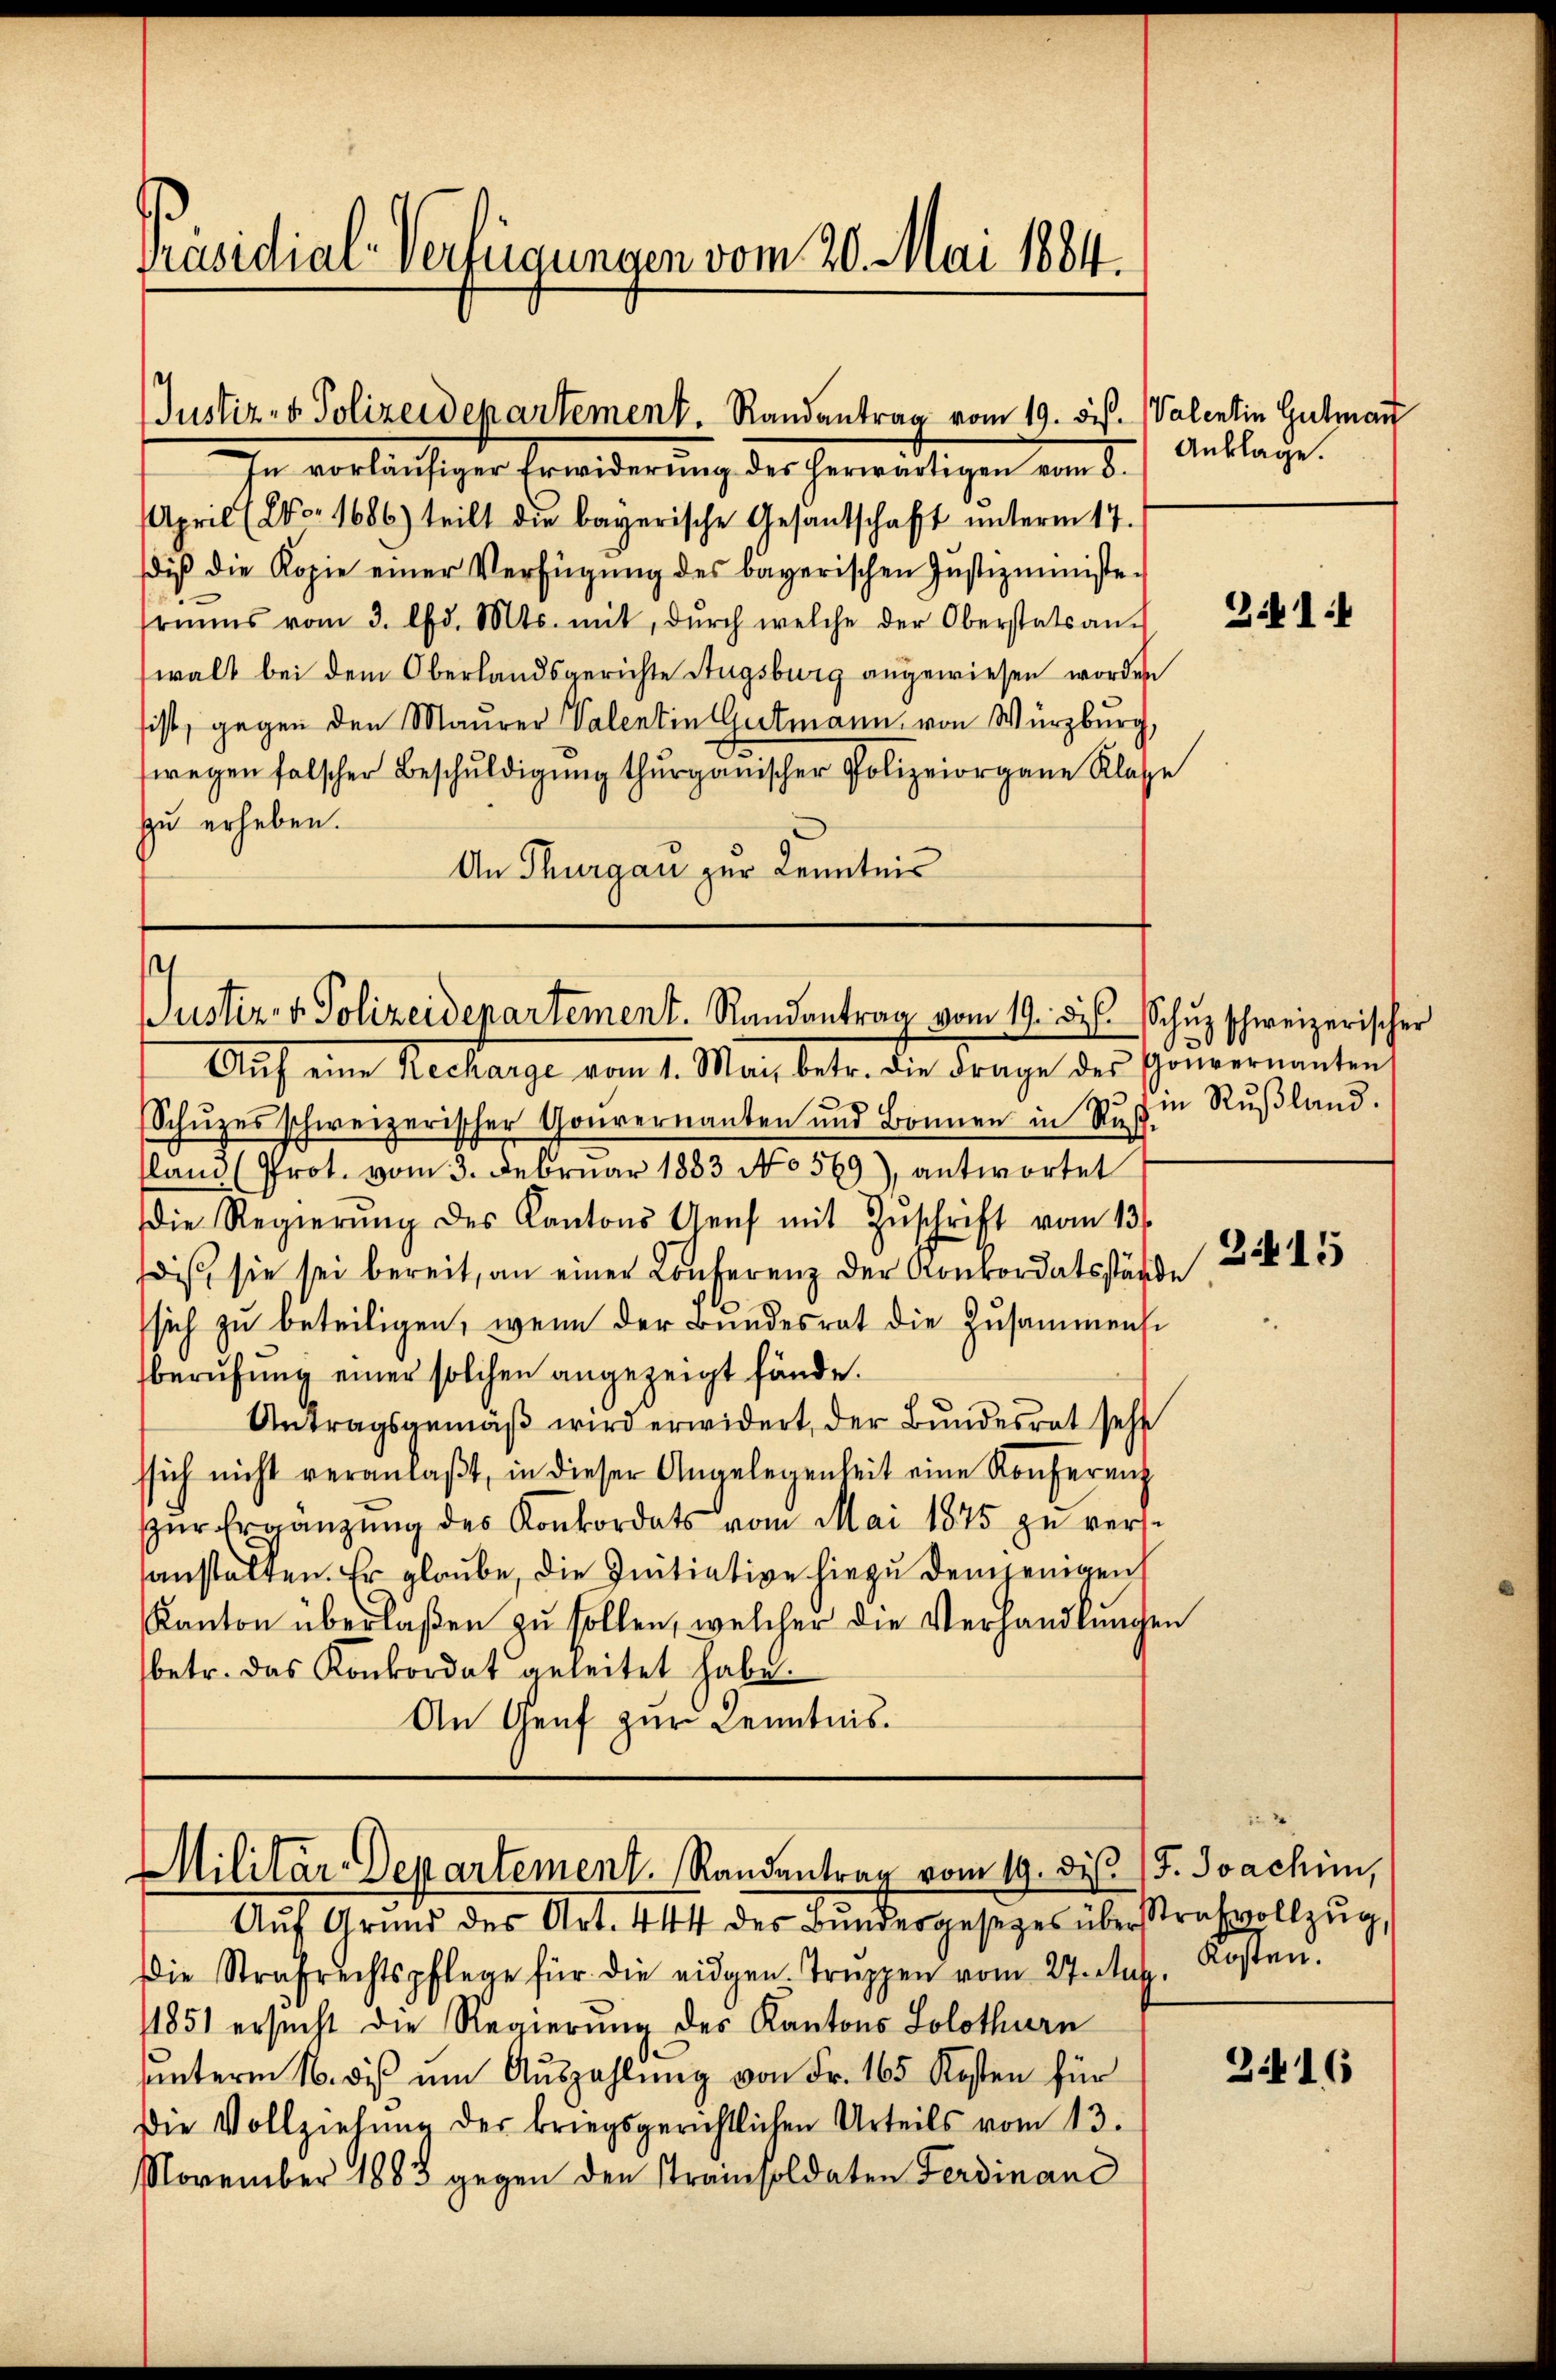
Präsidial-Verfügungen vom 20. Mai 1884.

April (2o. 1686) teilt die bayerische Gesandschaft ŭnterm 17.
diβ die Kopie einer Verfügŭng des bayerischen Justizministe-
riums vom 3. d. Mts. mit, dŭrch welche der Oberstatsan-
walt bei dem Oberlandsgerichte Stugsburg angewiesen worden
sist, gegen den Maurer Valentin Gutmann von Würzburg,
wegen falscher Beschŭldigŭng thurganischer Polizeiorgane Klasse
zu erheben.
An Thurgau zur Kenntnis

Justiz- & Polizeidepartement. Randantrag vom 19. bis. (Valentin Gulman
In vorläufiger Erwiderung der herwärtigen vom 5. Anklage.

Justiz- & Polizeidepartement. Randantrag vom 19. ds. Schŭz schweizerischer

Aŭf eine Recharge vom 1. Mai, betr. die Frage des Gouvernanten,
Schuzes schweizerischer Gouvernanten und Bonnen in Rußfland (Prot. vom 3. Februar 1883 No 569), antwortet
die Regierŭng des Kantons Genf mit Zuschrift vom 13t
dis sie sei bereit, an einer Conferenz der Konkordatsstände
sich zu beteiligen, wenn der Bundesrat die Zusammense
berufung einer solchen angezeigt fände.
Antragsgemäß wird erwidert, der Bundesrat sehe
ssich nicht veranlaßt, in dieser Angelegenheit eine Konferenz
ŭr Ergänzŭng des Konkordats vom Mai 1875 zŭ verse
sanstalten. Er glaube, die Initiative hiezu demjenigen
Kanton überlaßen zu sollen, welcher die Verhandlungen
betr. das Konkordat geleitet habe.
An Genf zur Kenntnis¬

Militär-Departement. Randentrag vom 19. diß J. Joachin,
Aŭf Grund des Art. 444 des Bundesgesetzes überstrafvollzŭg,

Die Strafrechtspflege für die eidgen. Trŭppen vom 27. Aug. Kosten.
1851 ersucht die Regierung des Kantons Solothurn
unterm 16. dies um Auszahlung von Fr. 165 Kosten für
Die Vollziehŭng der kriegsgerichtlichen Urteils vom 13.
November 1883 gegen den Trainsoldaten Ferdinand

in Rußland.

3.14

215

2416